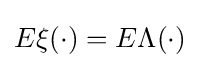
E\xi (\cdot )=E\Lambda (\cdot )